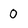
Character: 0